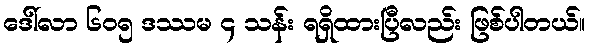
ဒေါ်လာ ၆၀၅ ဒဿမ ၄ သန်း ရရှိထားပြီလည်း ဖြစ်ပါတယ်။